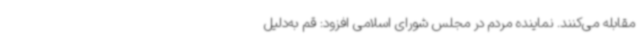
مقابله می‌کنند. نماینده مردم در مجلس شورای اسلامی افزود: ‌قم به‌دلیل